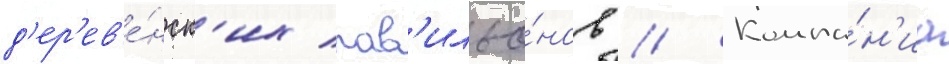
д'ер'ев'е́нск'их пав'ильо́нов // Компа́н'иа